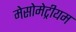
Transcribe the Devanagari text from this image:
मेसोमेट्रीयम